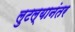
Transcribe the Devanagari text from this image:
लुटल्यानंतर